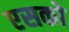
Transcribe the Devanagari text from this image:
एसको